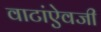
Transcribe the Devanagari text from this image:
वाटांऐवजी